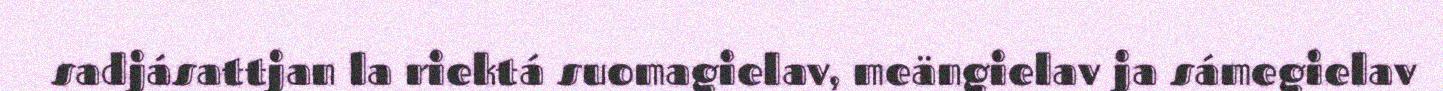
sadjásattjan la riektá suomagielav, meängielav ja sámegielav